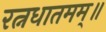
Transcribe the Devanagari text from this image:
रत्नधातमम्॥